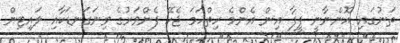
ތަނުގައި އޮންނާނީ ފީފާ އިން އެންމެ ހިތްހަމަ ޖެހޭ ފެންވަރުގެ ވިނަގަނޑަކާއި ލައިޓިން